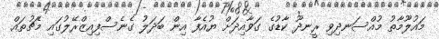
މައުލޫމާތު މުއްސަނދިވި ރީނދޫ ކާޑުގެ ގަވާއިދަށް ޔުއެފާ އިން ބަދަލު ގެނެސްފިއިޒްރޭލުގައި މެޗުތައް